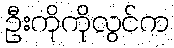
ဦးကိုကိုလွင်က